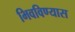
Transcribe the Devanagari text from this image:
भिवविण्यास